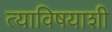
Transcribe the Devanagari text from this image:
त्याविषयाशी